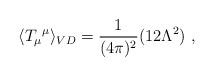
LaTeX: \begin{align*}\langle {T_{\mu}}^{\mu}\rangle_{VD}=\frac{1}{(4\pi)^{2}}(12\Lambda^{2})\ ,\end{align*}